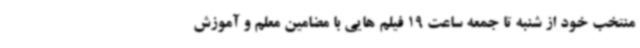
منتخب خود از شنبه تا جمعه ساعت 19 فیلم هایی با مضامین معلم و آموزش